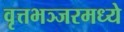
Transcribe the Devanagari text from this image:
वृत्तभञ्जरमध्ये